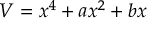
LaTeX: V = x ^ { 4 } + a x ^ { 2 } + b x